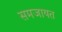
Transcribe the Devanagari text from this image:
समजायत